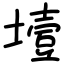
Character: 㙪